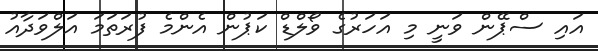
އައި ސްޕޭން ވަނީ މި އަހަރުގެ ވޯލްޑް ކަޕުން އެންމެ ފުރަތަމަ އަލްވަދާއު